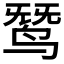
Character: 𬸓